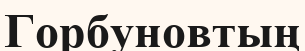
Горбуновтың